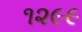
૧૨૯૯